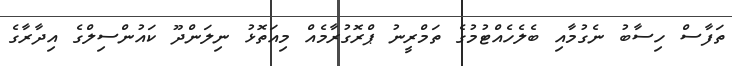
ތަފާސް ހިސާބު ނެގުމާއި ބެލެހެއްޓުމުގެ ތަމްރީނު ޕްރޮގުރާމެއް މިއަތޮޅު ނިލަންދޫ ކައުންސިލްގެ އިދާރާގެ